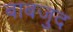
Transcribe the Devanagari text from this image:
बाबजुद